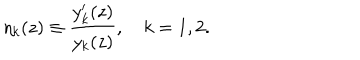
LaTeX: \eta _ { k } ( z ) \equiv \frac { y _ { k } ^ { \prime } ( z ) } { y _ { k } ( z ) } , \quad k = 1 , 2 .